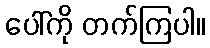
ပေါ်ကို တက်ကြပါ။